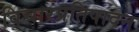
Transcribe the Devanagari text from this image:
विचारप्रतिपादन